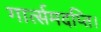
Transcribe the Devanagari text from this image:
गार्त्समदप्ति।